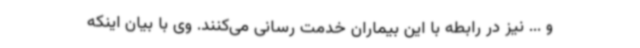
و ... نیز در رابطه با این بیماران خدمت رسانی می‌کنند. وی با بیان اینکه